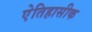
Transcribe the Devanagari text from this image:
एेतिहासीक